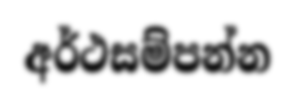
අර්ථසම්පන්න